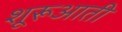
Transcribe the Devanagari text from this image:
शूरूआती